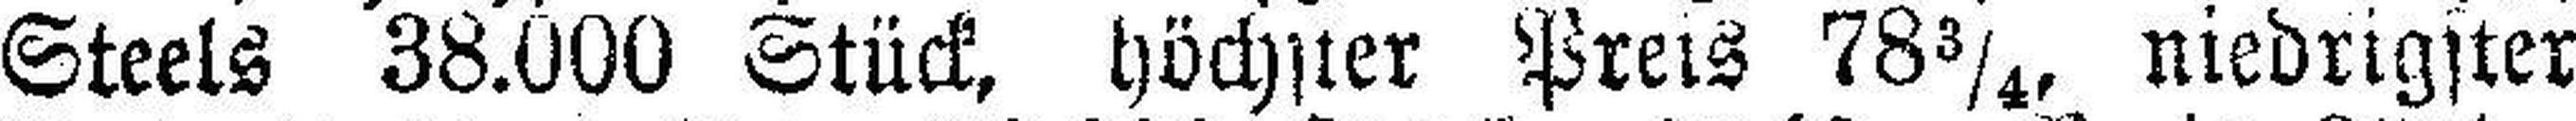
Steels 38.000 Stück, höchster Preis 78¾, niedrigster